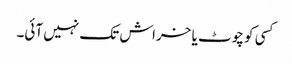
کسی کو چوٹ یا خراش تک نہیں آئی۔